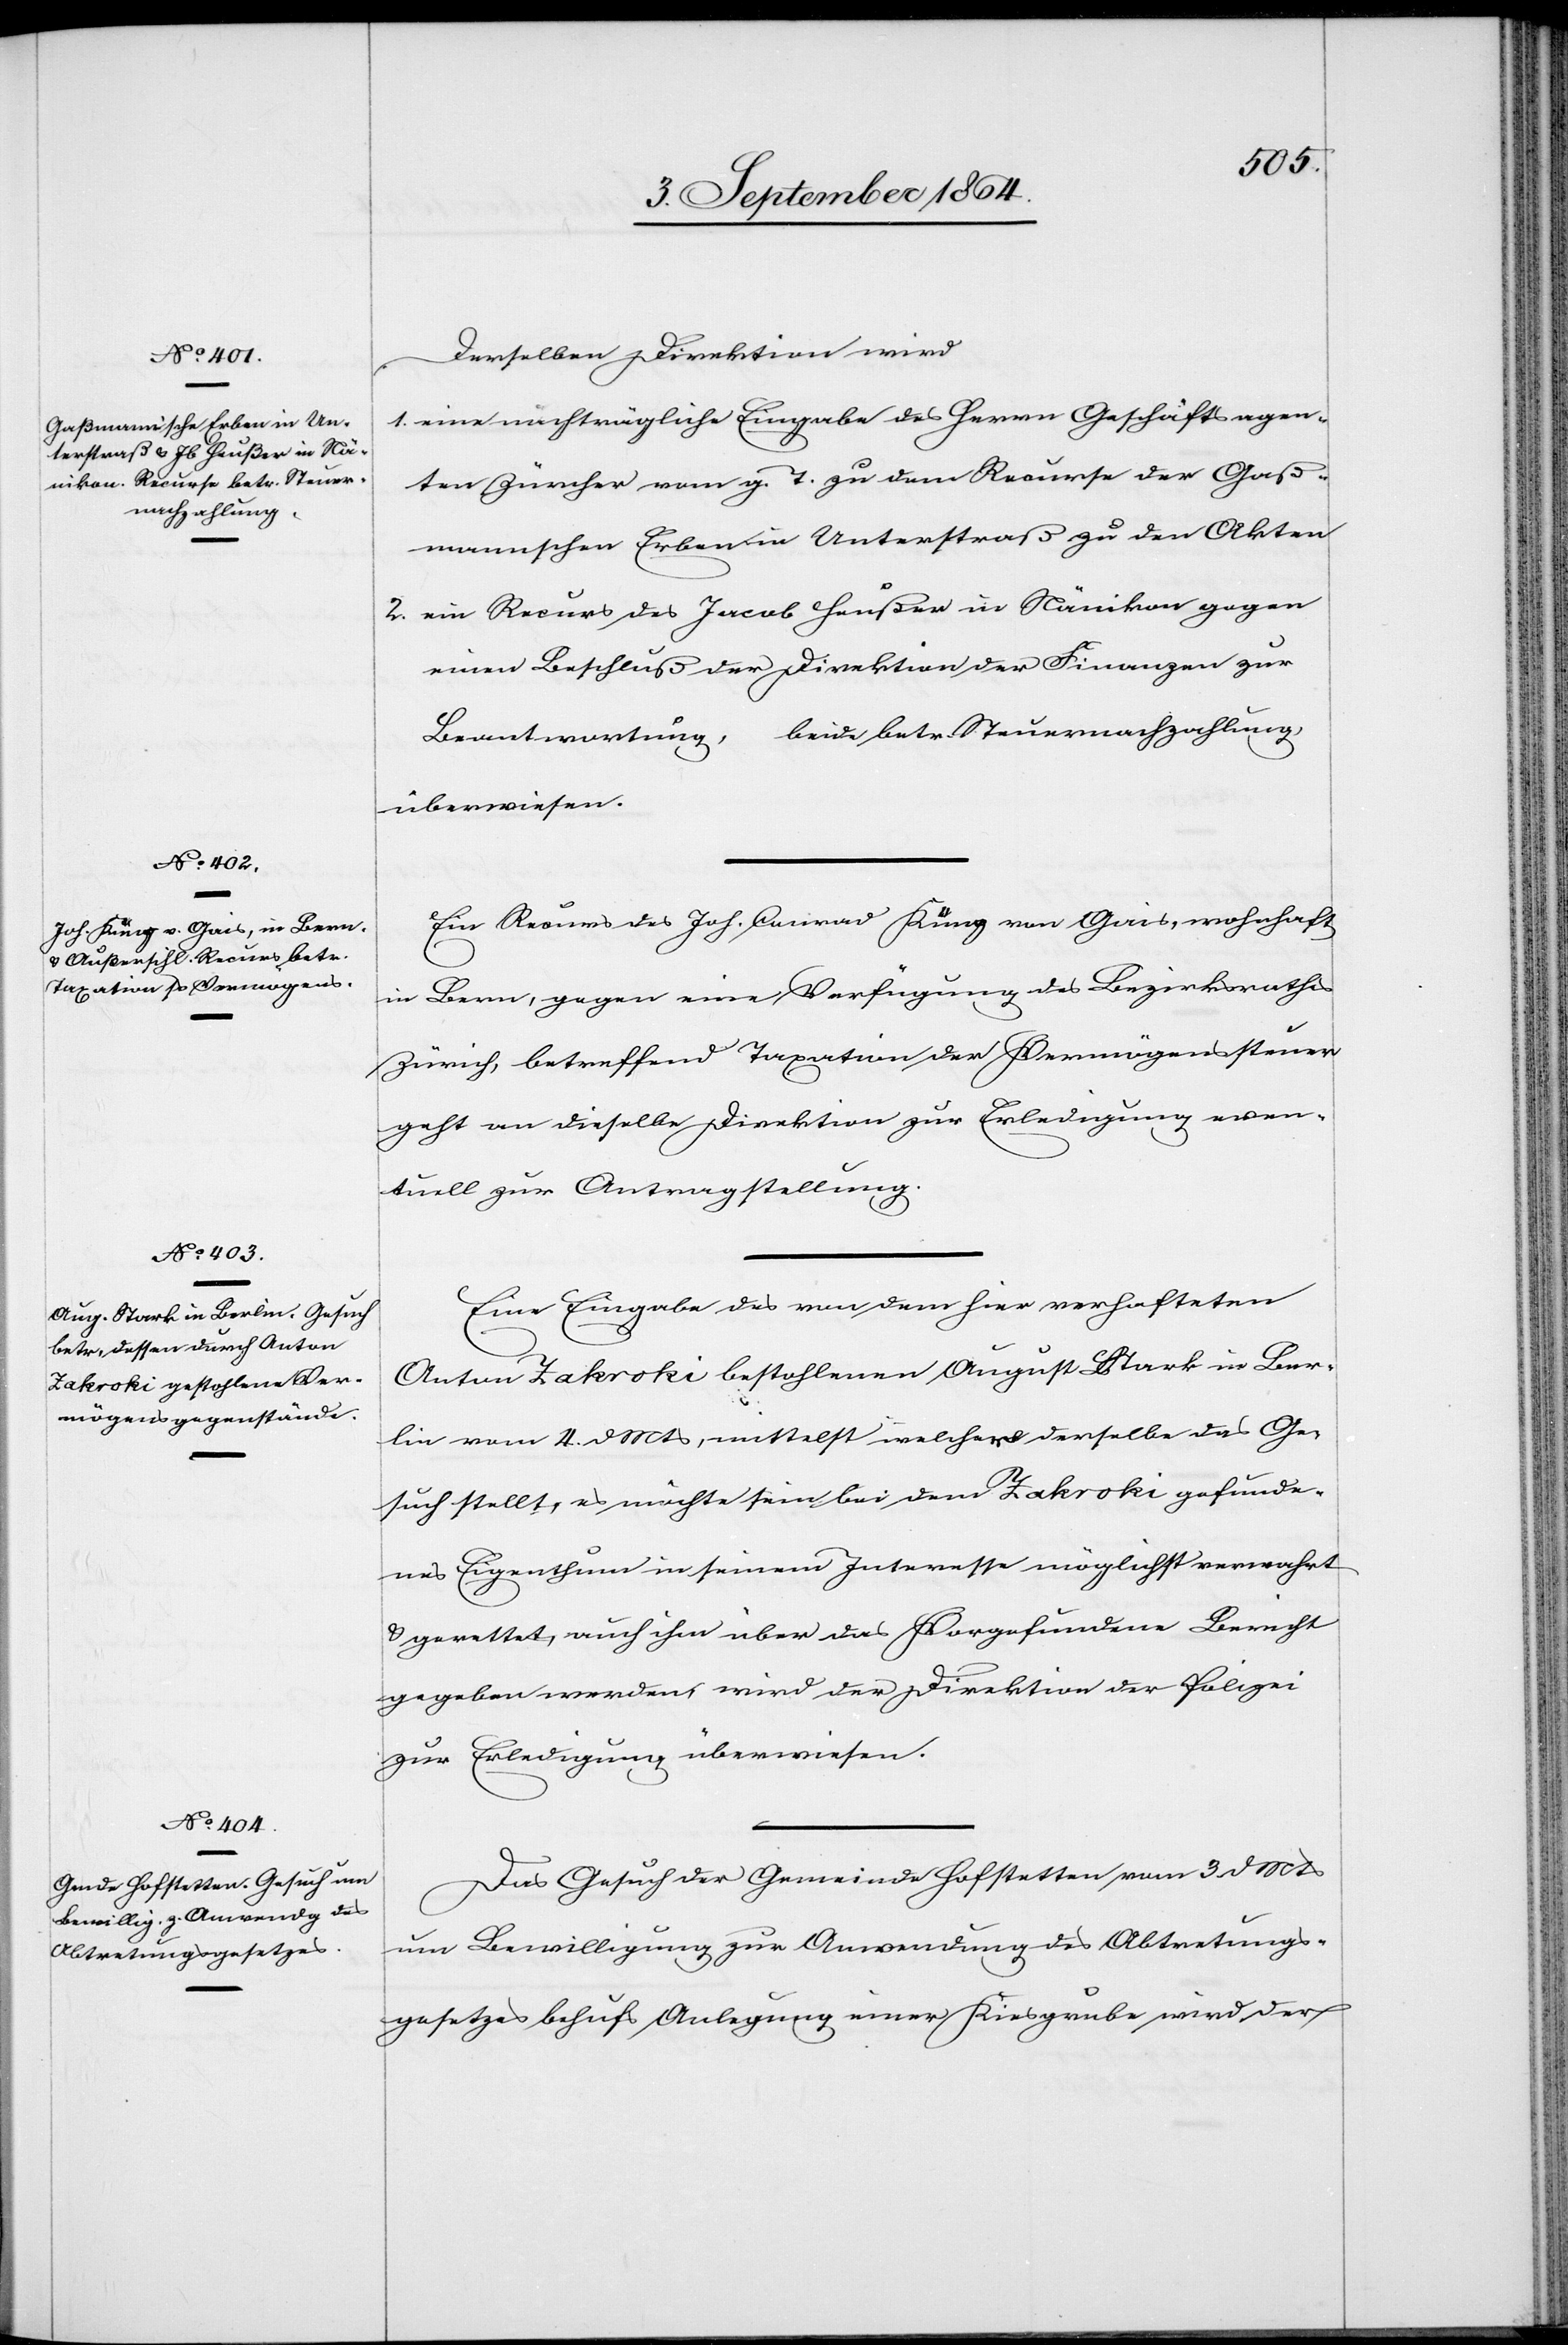
6. September 1864.]
Derselben Direktion wird
1.	eine nachträgliche Eingabe des Herrn Geschäftsagen¬
ten Zürcher vom g. T. zu dem Recurse der Groß¬
mannschen Erben in Unterstraß zu den Akten
2.	ein Recurs des Jacob Heußer in Nänikon gegen
einen Beschluß der Direktion der Finanzen zur
Beantwortung, beide betr. Steuernachzahlung
überwiesen.
Ein Recurs des Joh. Conrad Küng von Gais, wohnhaft
in Bern, gegen eine Verfügung des Bezirksrathes
Zürich, betreffend Taxation der Vermögenssteuer
geht an dieselbe Direktion zur Erledigung even¬
tuell zur Antragstellung.
Eine Eingabe des von dem hier verhafteten
Anton Zakroki bestohlenen August Stark in Ber¬
lin vom 4. d. Mts, mittelst welcher derselbe das Ge¬
such stellt, es möchte sein bei dem Zakroki gefunde¬
nes Eigenthum in seinem Interesse möglichst verwahrt
& gerettet, auch ihm über das Vorgefundene Bericht
gegeben werden, wird der Direktion der Polizei
zur Erledigung überwiesen.
Das Gesuch der Gemeinde Hofstetten vom 3. d. Mts
um Bewilligung zur Anwendung des Abtretungs¬
gesetzes behufs Anlegung einer Kiesgrube wird der